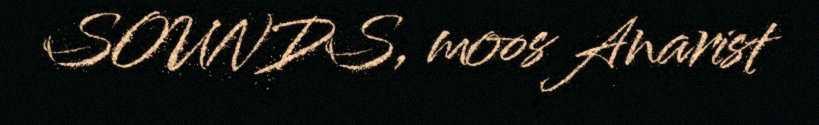
SOUNDS, moos Anarist